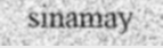
sinamay